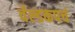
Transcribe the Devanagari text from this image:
र्वल्डकपचं